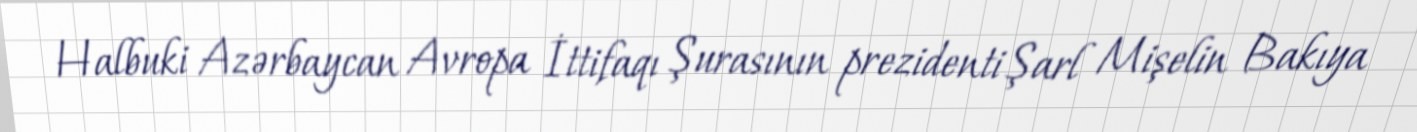
Halbuki Azərbaycan Avropa İttifaqı Şurasının prezidenti Şarl Mişelin Bakıya